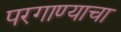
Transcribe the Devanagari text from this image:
परगाण्याचा